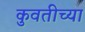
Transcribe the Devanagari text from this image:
कुवतीच्या